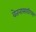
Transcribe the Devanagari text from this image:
वेतनासाठीच्या